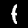
Label: 1